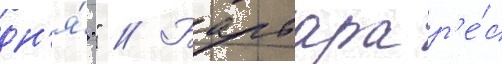
дн'я́." // Барбара р'е́с